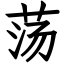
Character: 荡